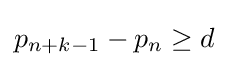
p_{n+k-1}-p_{n}\geq d